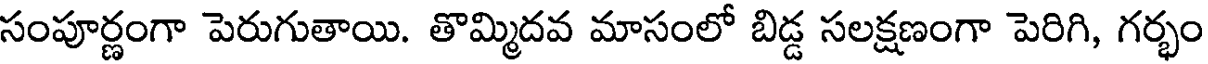
సంపూర్ణంగా పెరుగుతాయి. తొమ్మిదవ మాసంలో బిడ్డ సలక్షణంగా పెరిగి, గర్భం